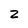
Character: 2